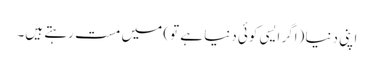
اپنی دنیا (اگر ایسی کوئی دنیا ہے تو) میں مست رہتے ہیں۔